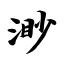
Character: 渺